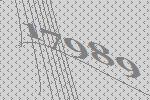
17989